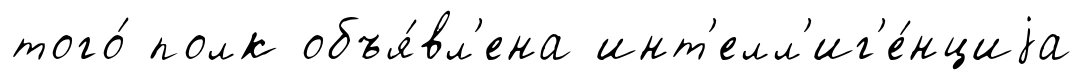
того́ полк объя́вл'ена инт'елл'иг'е́нциjа